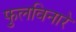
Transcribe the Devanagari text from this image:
फुलविनारे